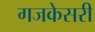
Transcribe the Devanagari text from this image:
गजकेसरी